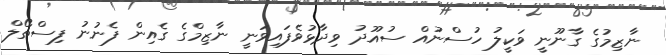
ނާޒިމުގެ ގާނޫނީ ވަކީލު ހުސްނުއް ސުއޫދު ވިދާޅުވެފައިވަނީ ނާޒިމްގެ ގެއިން ފެނުނު ފިސްތޯލް